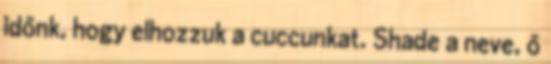
időnk, hogy elhozzuk a cuccunkat. Shade a neve, ő